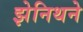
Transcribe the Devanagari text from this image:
झेनिथने